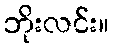
ဘိုးလင်း။